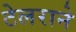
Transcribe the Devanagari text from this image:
टेलराने